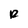
Character: R